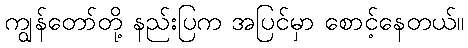
ကျွန်တော်တို့ နည်းပြက အပြင်မှာ စောင့်နေတယ်။